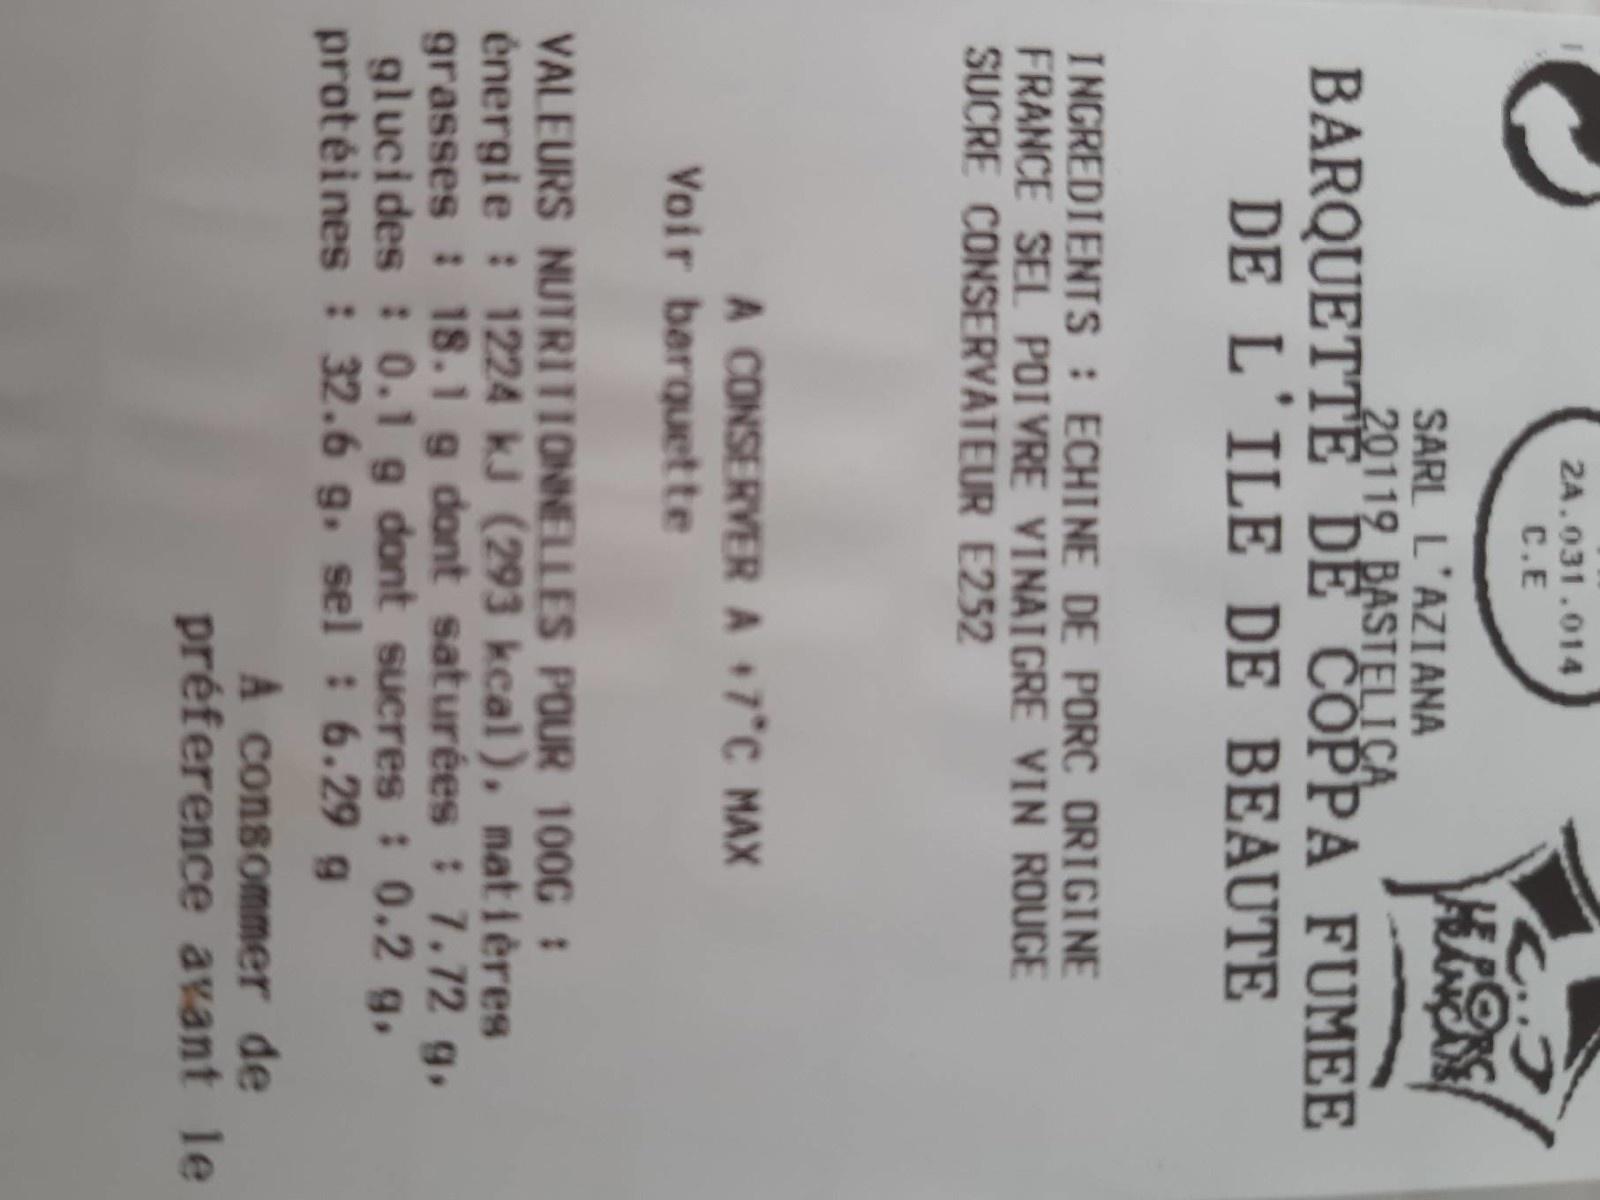
2A.031.014
C.E
SARL L'AZIANA 20119 BASTELICA BARQUETTE DỂ COPPA FUMEE DE L'ILE DE BEAUTE
INGREDIENTS : ECHINE DE PORC ORIGINE FRANCE SEL POI VRE VINAIGRE VIN ROUGE SUCRE CONSERVATEUR E252
A CONSERVER A 7 C MAX Voir barquette
VALEURS NUTRITIONNELLES POUR 100G : énergie : 1224 kJ (293 kcal), natières grasses : 18.1 g dont saturées : 7.72 g, glucides : 0.1 g dont sucres : 0.2 g. protėines : 32.6 g, sel : 6.29 g
A consommer de préference avant le